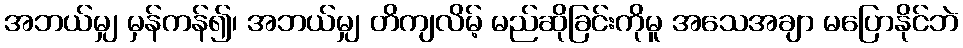
အဘယ်မျှ မှန်ကန်၍၊ အဘယ်မျှ တိကျလိမ့် မည်ဆိုခြင်းကိုမူ အသေအချာ မပြောနိုင်ဘဲ